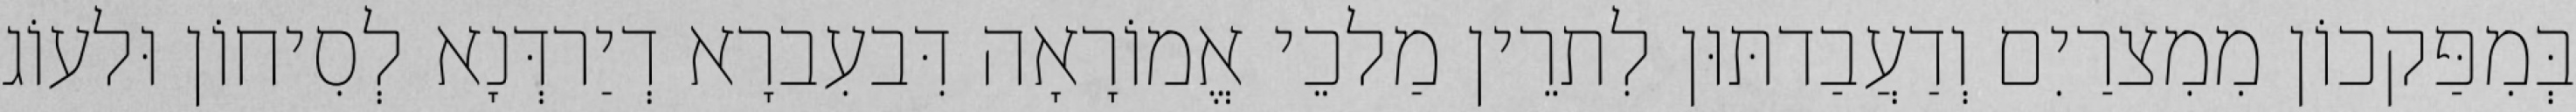
בְּמִפַּקכוֹן מִמִצרַיִם וְדַעֲבַדתּוּן לִתרֵין מַלכֵי אֱמוֹרָאָה דִּבעִברָא דְיַרדְּנָא לְסִיחוֹן וּלעוֹג